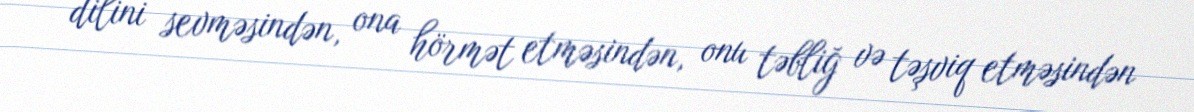
dilini sevməsindən, ona hörmət etməsindən, onu təbliğ və təşviq etməsindən